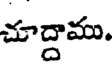
చూద్దాము.